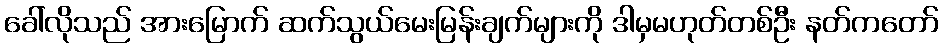
ခေါ်လိုသည် အားမြောက် ဆက်သွယ်မေးမြန်းချက်များကို ဒါမှမဟုတ်တစ်ဦး နတ်ကတော်